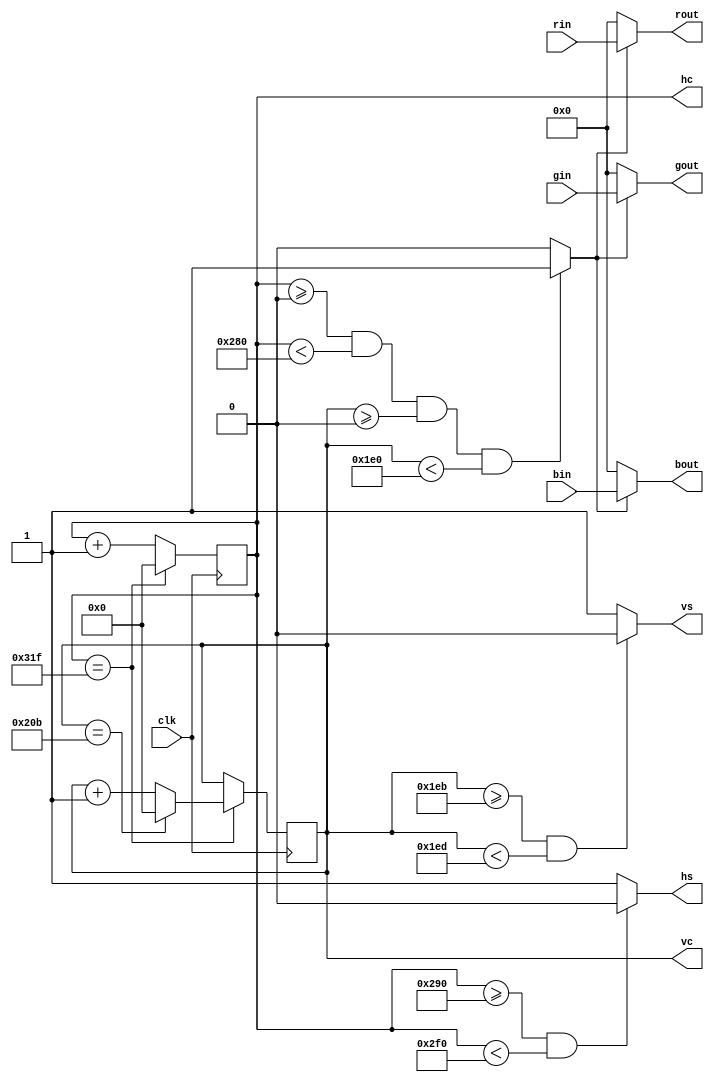
`timescale 1ns / 100ps
`default_nettype none

//////////////////////////////////////////////////////////////////////////////////
//    This file is videosyncs
//    Creation date is 18:49:42 11/29/2013 by Miguel Angel Rodriguez Jodar
//    (c)2013 Miguel Angel Rodriguez Jodar. ZXProjects
//
//    This core is free software: you can redistribute it and/or modify
//    it under the terms of the GNU General Public License as published by
//    the Free Software Foundation, either version 3 of the License, or
//    (at your option) any later version.
//
//    This core is distributed in the hope that it will be useful,
//    but WITHOUT ANY WARRANTY; without even the implied warranty of
//    MERCHANTABILITY or FITNESS FOR A PARTICULAR PURPOSE.  See the
//    GNU General Public License for more details.
//
//    You should have received a copy of the GNU General Public License
//    along with this core.  If not, see <https://www.gnu.org/licenses/>.
//
//    All copies of this file must keep this notice intact.
//
//////////////////////////////////////////////////////////////////////////////////

module videosyncs (
   input wire clk,

   input wire [7:0] rin,
   input wire [7:0] gin,
   input wire [7:0] bin,

   output reg [7:0] rout,
   output reg [7:0] gout,
   output reg [7:0] bout,
    	
   output reg hs,
   output reg vs,
	
	output wire [10:0] hc,
	output wire [10:0] vc
   );
	
   /* http://www.abramovbenjamin.net/calc.html */

   // 800x600@50Hz,28MHz
//   parameter htotal = 896;
//   parameter vtotal = 625;
//   parameter hactive = 800;
//   parameter vactive = 600;
//   parameter hfrontporch = 24;
//   parameter hsyncpulse = 40;
//   parameter vfrontporch = 4;
//   parameter vsyncpulse = 3;
//   parameter hsyncpolarity = 0;
//   parameter vsyncpolarity = 0;

   // 704x576@50Hz,28MHz
//	  parameter htotal = 896;
//   parameter vtotal = 625;
//   parameter hactive = 704;
//   parameter vactive = 576;
//   parameter hfrontporch = 56;
//   parameter hsyncpulse = 80;
//   parameter vfrontporch = 23;
//   parameter vsyncpulse = 3;
//   parameter hsyncpolarity = 0;
//   parameter vsyncpolarity = 0;

   // VGA 640x480@60Hz,25MHz
	  parameter htotal = 800;
   parameter vtotal = 524;
   parameter hactive = 640;
   parameter vactive = 480;
   parameter hfrontporch = 16;
   parameter hsyncpulse = 96;
   parameter vfrontporch = 11;
   parameter vsyncpulse = 2;
   parameter hsyncpolarity = 0;
   parameter vsyncpolarity = 0;

   reg [10:0] hcont = 0;
   reg [10:0] vcont = 0;
   reg active_area;

	assign hc = hcont;
	assign vc = vcont;

   always @(posedge clk) begin
      if (hcont == htotal-1) begin
         hcont <= 0;
         if (vcont == vtotal-1) begin
            vcont <= 0;
         end
         else begin
            vcont <= vcont + 1;
         end
      end
      else begin
         hcont <= hcont + 1;
      end
   end
   
   always @* begin
      if (hcont>=0 && hcont<hactive && vcont>=0 && vcont<vactive)
         active_area = 1'b1;
      else
         active_area = 1'b0;
      if (hcont>=(hactive+hfrontporch) && hcont<(hactive+hfrontporch+hsyncpulse))
         hs = hsyncpolarity;
      else
         hs = ~hsyncpolarity;
      if (vcont>=(vactive+vfrontporch) && vcont<(vactive+vfrontporch+vsyncpulse))
         vs = vsyncpolarity;
      else
         vs = ~vsyncpolarity;
	end
         
   always @* begin
      if (active_area) begin
			gout = gin;
         rout = rin;
         bout = bin;
      end
      else begin
         gout = 8'h00;
         rout = 8'h00;
         bout = 8'h00;
      end
   end
endmodule